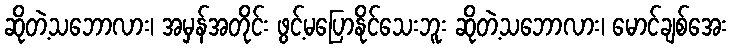
ဆိုတဲ့သဘောလား၊ အမှန်အတိုင်း ဖွင့်မပြောနိုင်သေးဘူး ဆိုတဲ့သဘောလား၊ မောင်ချစ်အေး